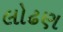
લોઢણ